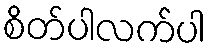
စိတ်ပါလက်ပါ